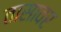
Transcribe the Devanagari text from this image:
तासावर